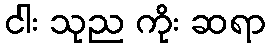
ငါး သုည ကိုး ဆရာ